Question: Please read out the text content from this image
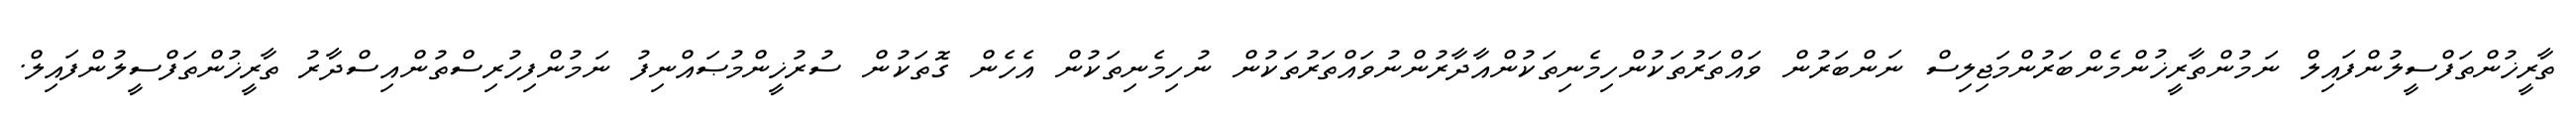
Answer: ތާރީޚުންތަފްސީލުންފައިލް ނަމުންތާރީޚުންމެންބަރުންމަޖިލިސް ނަންބަރުން ވައްތަރުތަކުންހިމެނިތަކުންއާދާރުންނުވައްތަރުތަކުން ނުހިމެނިތަކުން އެހެން ގޮތަކުން ސުރުޚީންމުޞައްނިފު ނަމުންފިހުރިސްތުންއިސްދާރު ތާރީޚުންތަފްސީލުންފައިލް.